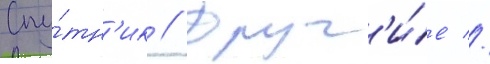
Спу́тн'ик // Друг'и́е //